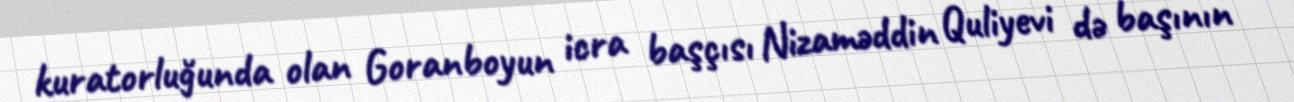
kuratorluğunda olan Goranboyun icra başçısı Nizaməddin Quliyevi də başının